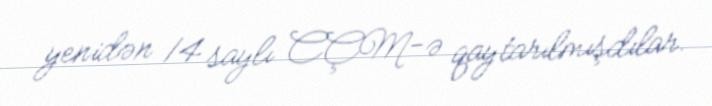
yenidən 14 saylı CÇM-ə qaytarılmışdılar.